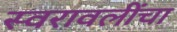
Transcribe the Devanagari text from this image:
स्वरावलींचा